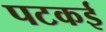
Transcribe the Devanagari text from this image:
पटकई